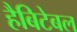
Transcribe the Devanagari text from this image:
हैबिटेबल